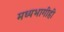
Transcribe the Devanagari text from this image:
मध्यभागीही